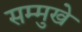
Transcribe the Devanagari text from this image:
सम्मुखे